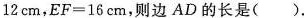
12cm，$$EF=16cm$$，则边AD的长是( )。